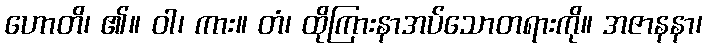
ဟောတိ၊ ၏။ ဝါ၊ ကား။ တံ၊ ထိုကြားနာအပ်သောတရားကို။ အဇာနနာ၊